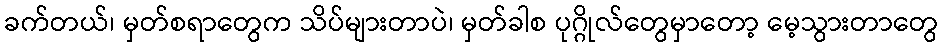
ခက်တယ်၊ မှတ်စရာတွေက သိပ်များတာပဲ၊ မှတ်ခါစ ပုဂ္ဂိုလ်တွေမှာတော့ မေ့သွားတာတွေ